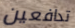
تدافعين